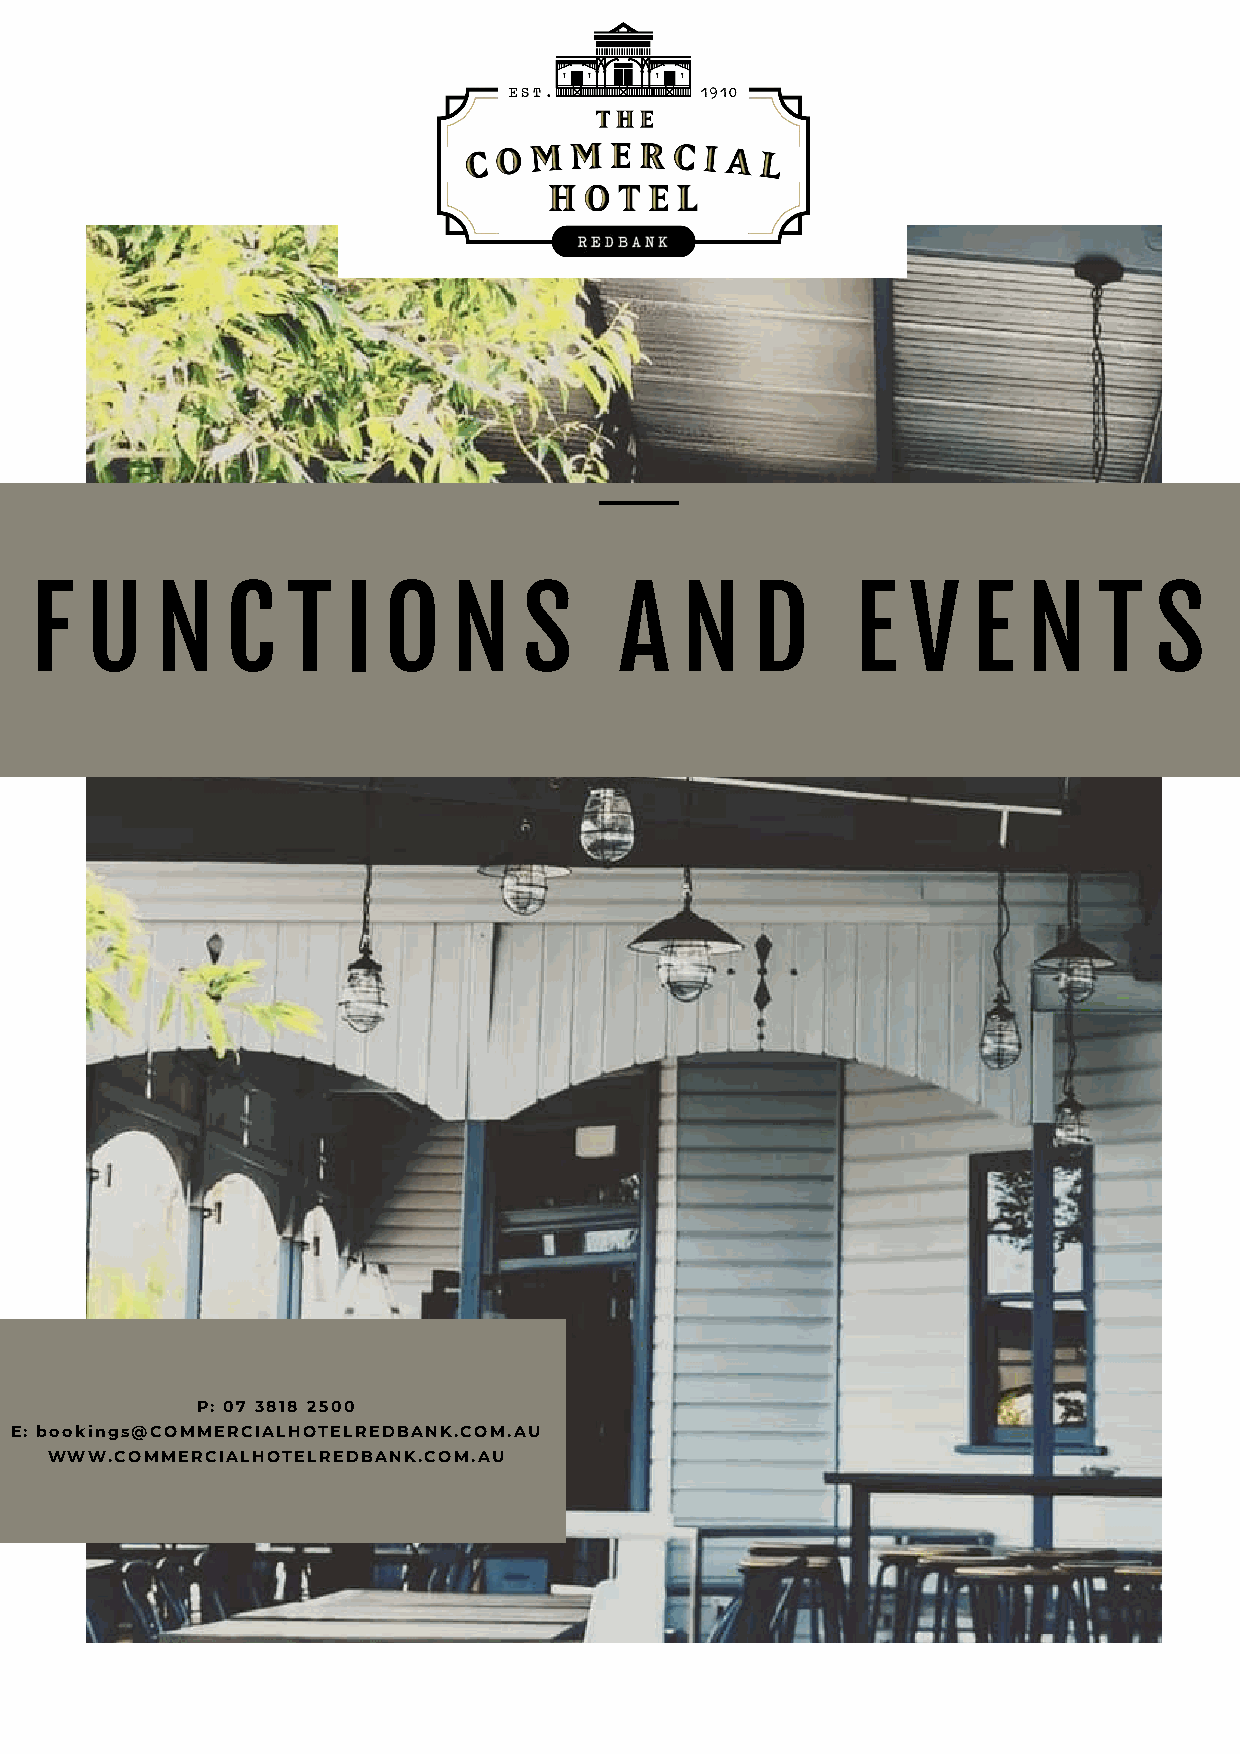
FF  UU  NN   CC  TT  II OO  NN   SS    AA  NN   DD     EE VV  EE  NN   TT SS
 PP:: 0077 33881188 22550000
 EE:: bbooookkiinnggss@@CCOOMMMMEERRCCIIAALLHHOOTTEELLRREEDDBBAANNKK..CCOOMM..AAUU
 WWWWWW..CCOOMMMMEERRCCIIAALLHHOOTTEELLRREEDDBBAANNKK..CCOOMM..AAUU